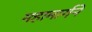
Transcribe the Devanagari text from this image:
महामार्गने